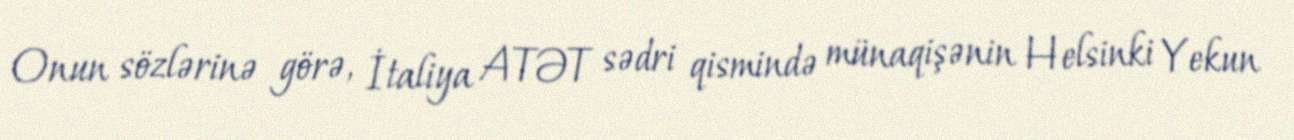
Onun sözlərinə görə, İtaliya ATƏT sədri qismində münaqişənin Helsinki Yekun